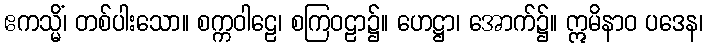
ဧကသ္မိံ၊ တစ်ပါးသော။ စက္ကဝါဠေ၊ စကြဝဠာ၌။ ဟေဋ္ဌာ၊ အောက်၌။ ဣမိနာဝ ပဒေန၊